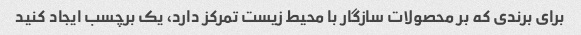
برای برندی که بر محصولات سازگار با محیط زیست تمرکز دارد، یک برچسب ایجاد کنید